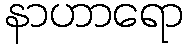
နာဟာရော